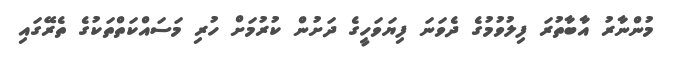
މުންނާރު އާބާތުރަ ފިލުވުމުގެ ދެވަނަ ފިޔަވަހީގެ ދަށުން ކުރުމަށް ހުރި މަސައްކަތްތަކުގެ ތެރޭގައި